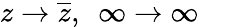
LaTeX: z\rightarrow{\overline{{z}}},\ \ \infty\rightarrow\infty\quad